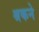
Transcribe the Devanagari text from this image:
श्रकने